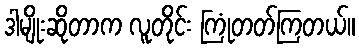
ဒါမျိုးဆိုတာက လူတိုင်း ကြုံတတ်ကြတယ်။